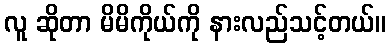
လူ ဆိုတာ မိမိကိုယ်ကို နားလည်သင့်တယ်။